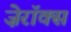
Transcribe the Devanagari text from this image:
ज़ेरॉक्स